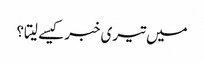
میں تیری خبر کیسے لیتا؟